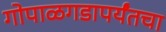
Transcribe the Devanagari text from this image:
गोपाळगडापर्यंतचा